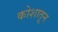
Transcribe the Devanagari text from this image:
कोशातून